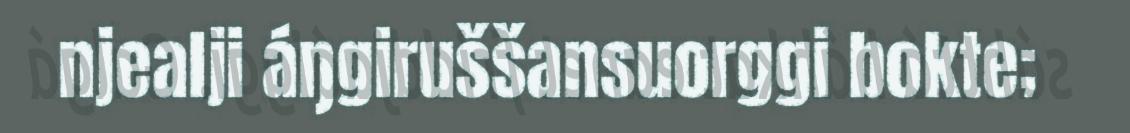
njealji áŋgiruššansuorggi bokte;